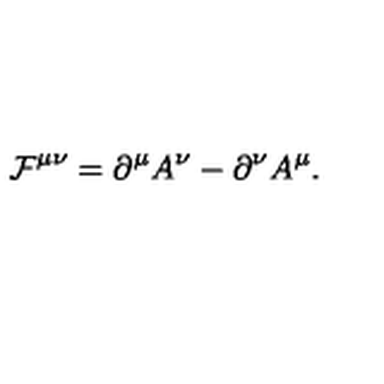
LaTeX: { \cal F } ^ { \mu \nu } = \partial ^ { \mu } A ^ { \nu } - \partial ^ { \nu } A ^ { \mu } .